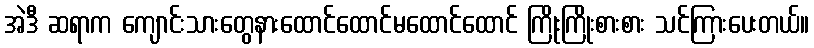
အဲဒီ ဆရာက ကျောင်းသားတွေနားထောင်ထောင်မထောင်ထောင် ကြိုးကြိုးစားစား သင်ကြားပေးတယ်။